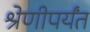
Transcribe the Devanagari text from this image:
श्रेणीपर्यंत